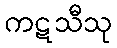
ကဋသီသု